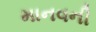
માનવની